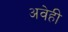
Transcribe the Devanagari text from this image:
अवेही